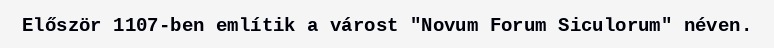
Először 1107-ben említik a várost "Novum Forum Siculorum" néven.